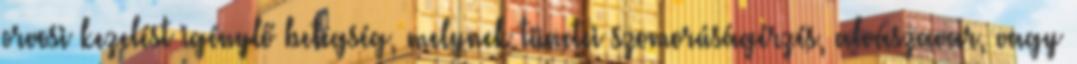
orvosi kezelést igénylő betegség, melynek tünetei szomorúságérzés, alvászavar, vagy